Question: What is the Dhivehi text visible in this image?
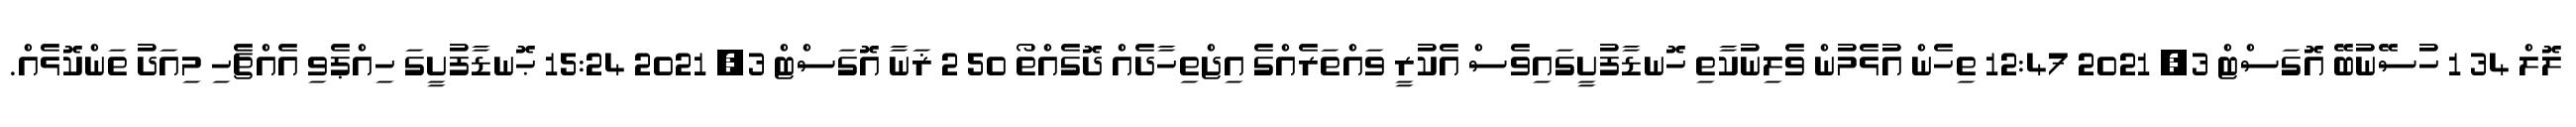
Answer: ލޮލް 34 1 ހުސޭނުބޭ އޮގަސްޓް 3, 2021 12:47 ތިހެން އުޅެމުން ވެލިނުކާތި ހޮނޑާފުށީގައިވެސް އެކުރީ ވައްތަރެއްގެ އިޖްތިހާދެއް ދޮގެއްތޯ 50 2 ޜަނާ އޮގަސްޓް 3, 2021 15:24 ޙޮނޑާފުށީގަ ހިއްޕެވި އެއްޗެހި މިއަދު ތަންކޮޅެއް.